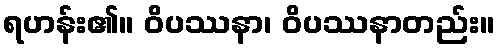
ရဟန်း၏။ ဝိပဿနာ၊ ဝိပဿနာတည်း။